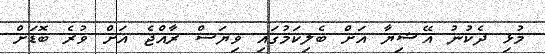
މުޅި ދެކުނު އޭޝިޔާ އަށް ބެލިކަމުގައި ވިޔަސް ރާއްޖެ އަށް ވުރެ ބޮޑަށް